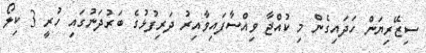
ސިޒޭރިޔަން ހަދައިގެން މި ކުއްޖާ ވިއްސާފައިވާއިރު ދަރިފުޅުގެ ބަރުދަނުގައި ހުރީ 3 ކިލޯ